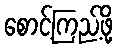
စောင့်ကြည့်ဖို့